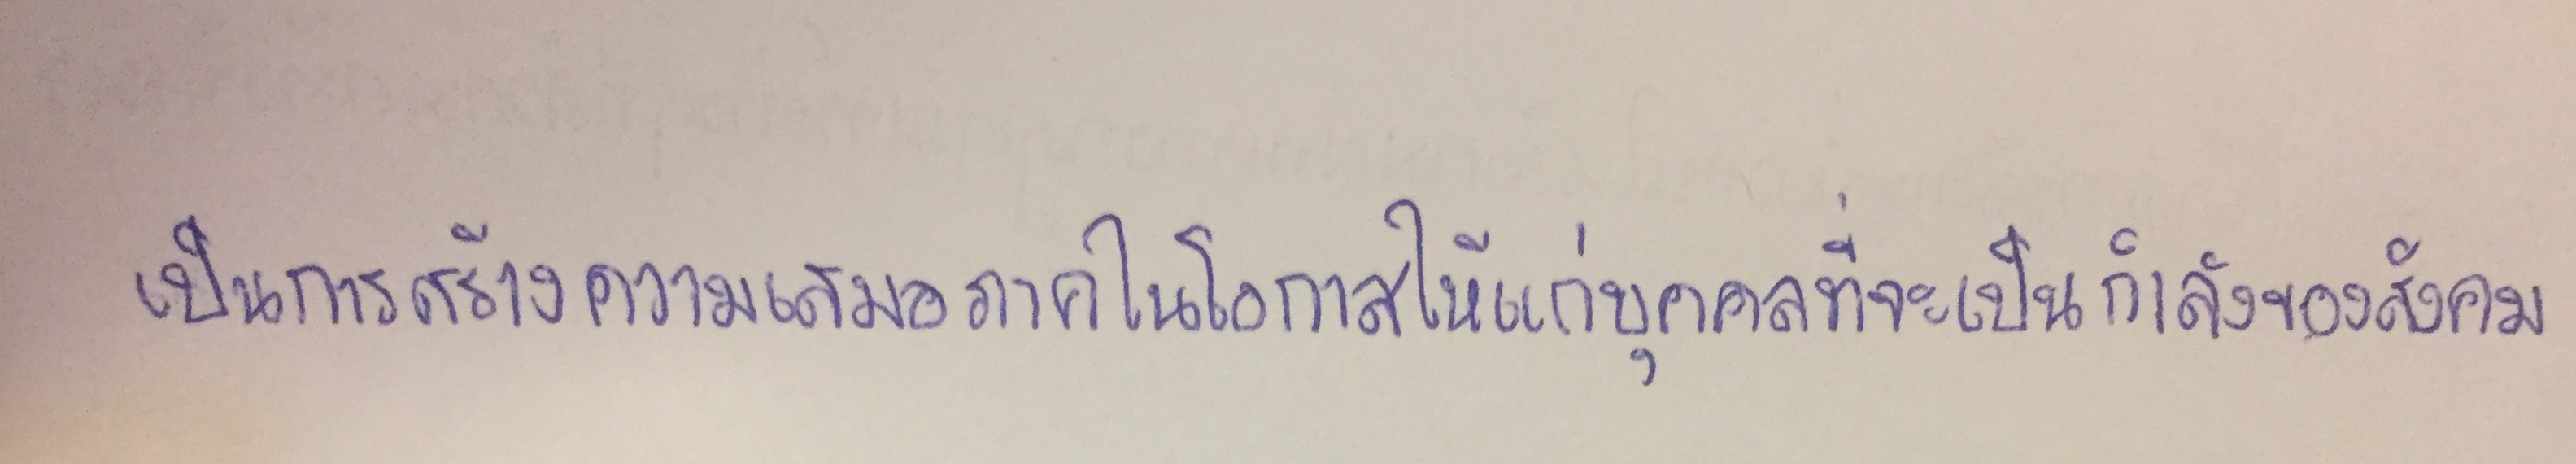
เป็นการสร้างความเสมอภาคในโอกาสให้แก่บุคคลที่จะเป็นกำลังของสังคม